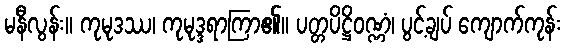
မနီလွန်း။ ကုမုဒဿ၊ ကုမုဒ္ဒရာကြာ၏။ ပတ္တပိဋ္ဌိဝဏ္ဏံ၊ ပွင့်ချပ် ကျောက်ကုန်း